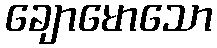
ချောမောသော